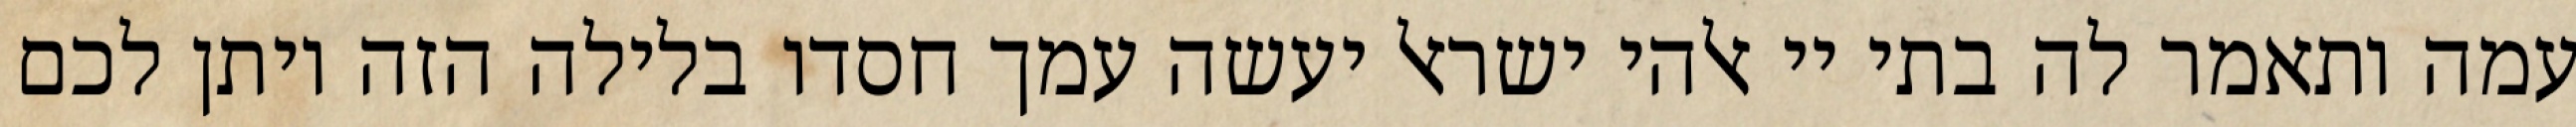
עמה ותאמר לה בתי יי אלהי ישראל יעשה עמך חסדו בלילה הזה ויתן לכם